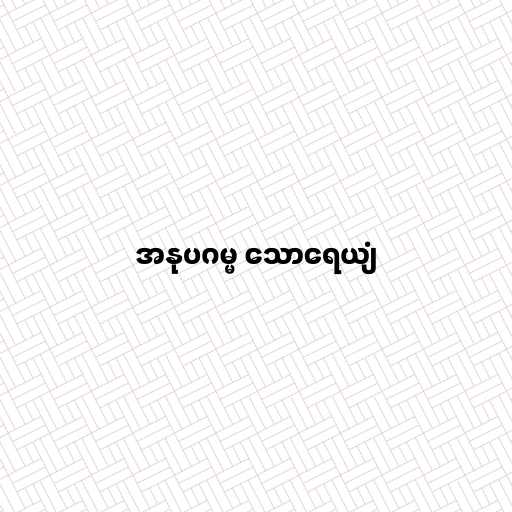
အနုပဂမ္မ သောရေယျံ